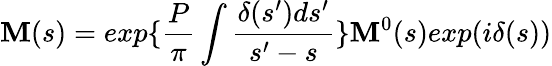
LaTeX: \mathbf{M}(s)=exp\{ \frac{{P}}{{\pi}}\int\frac{{\delta(s^{\prime})ds^{\prime}}}{{s^{\prime}-s}}\} \mathbf{M}^{0}(s)exp(i\delta(s))